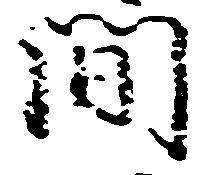
間